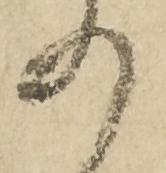
の